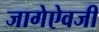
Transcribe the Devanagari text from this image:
जागेऐवजी